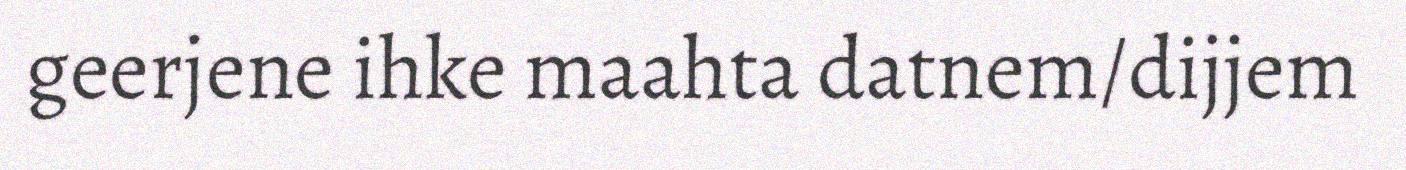
geerjene ihke maahta datnem/dijjem